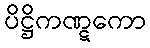
ပိဋ္ဌိကဏ္ဋကော